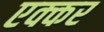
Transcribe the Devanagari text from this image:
एक्कर